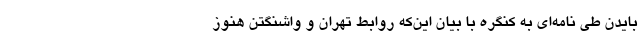
بایدن طی نامه‌ای به کنگره با بیان این‌که روابط تهران و واشنگتن هنوز